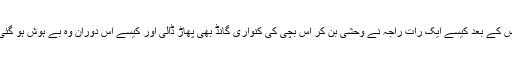
اس کے بعد کیسے ایک رات راجہ نے وحشی بن کر اس بچی کی کنواری گانڈ بھی پھاڑ ڈالی اور کیسے اس دوران وہ بے ہوش ہو گئی۔